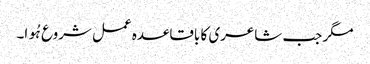
مگر جب شاعری کا باقاعدہ عمل شروع ہُوا۔